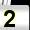
Digit: 2